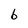
Character: b